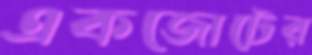
একজোটের